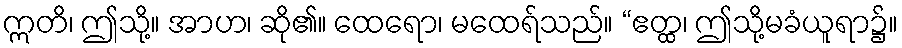
ဣတိ၊ ဤသို့။ အာဟ၊ ဆို၏။ ထေရော၊ မထေရ်သည်။ “ဧတ္ထ၊ ဤသို့မခံယူရာ၌။